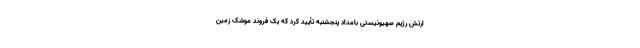
ارتش رژیم صهیونیستی بامداد پنجشنبه تأیید کرد که یک فروند موشک زمین